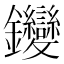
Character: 𨰺